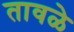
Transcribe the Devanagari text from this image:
तावळे